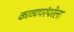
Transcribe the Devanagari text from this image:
काव्यपरंपरेला